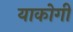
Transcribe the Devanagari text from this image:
याकोगी